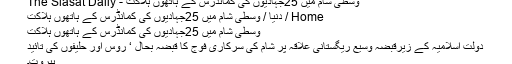
وسطی شام میں 25جہادیوں کی کمانڈرس کے ہاتھوں ہلاکت - The Siasat Daily
Home / دنیا / وسطی شام میں 25جہادیوں کی کمانڈرس کے ہاتھوں ہلاکت
وسطی شام میں 25جہادیوں کی کمانڈرس کے ہاتھوں ہلاکت
دولت اسلامیہ کے زیرقبضہ وسیع ریگستانی علاقہ پر شام کی سرکاری فوج کا قبضہ بحال ‘ روس اور حلیفوں کی تائید
بیروت۔